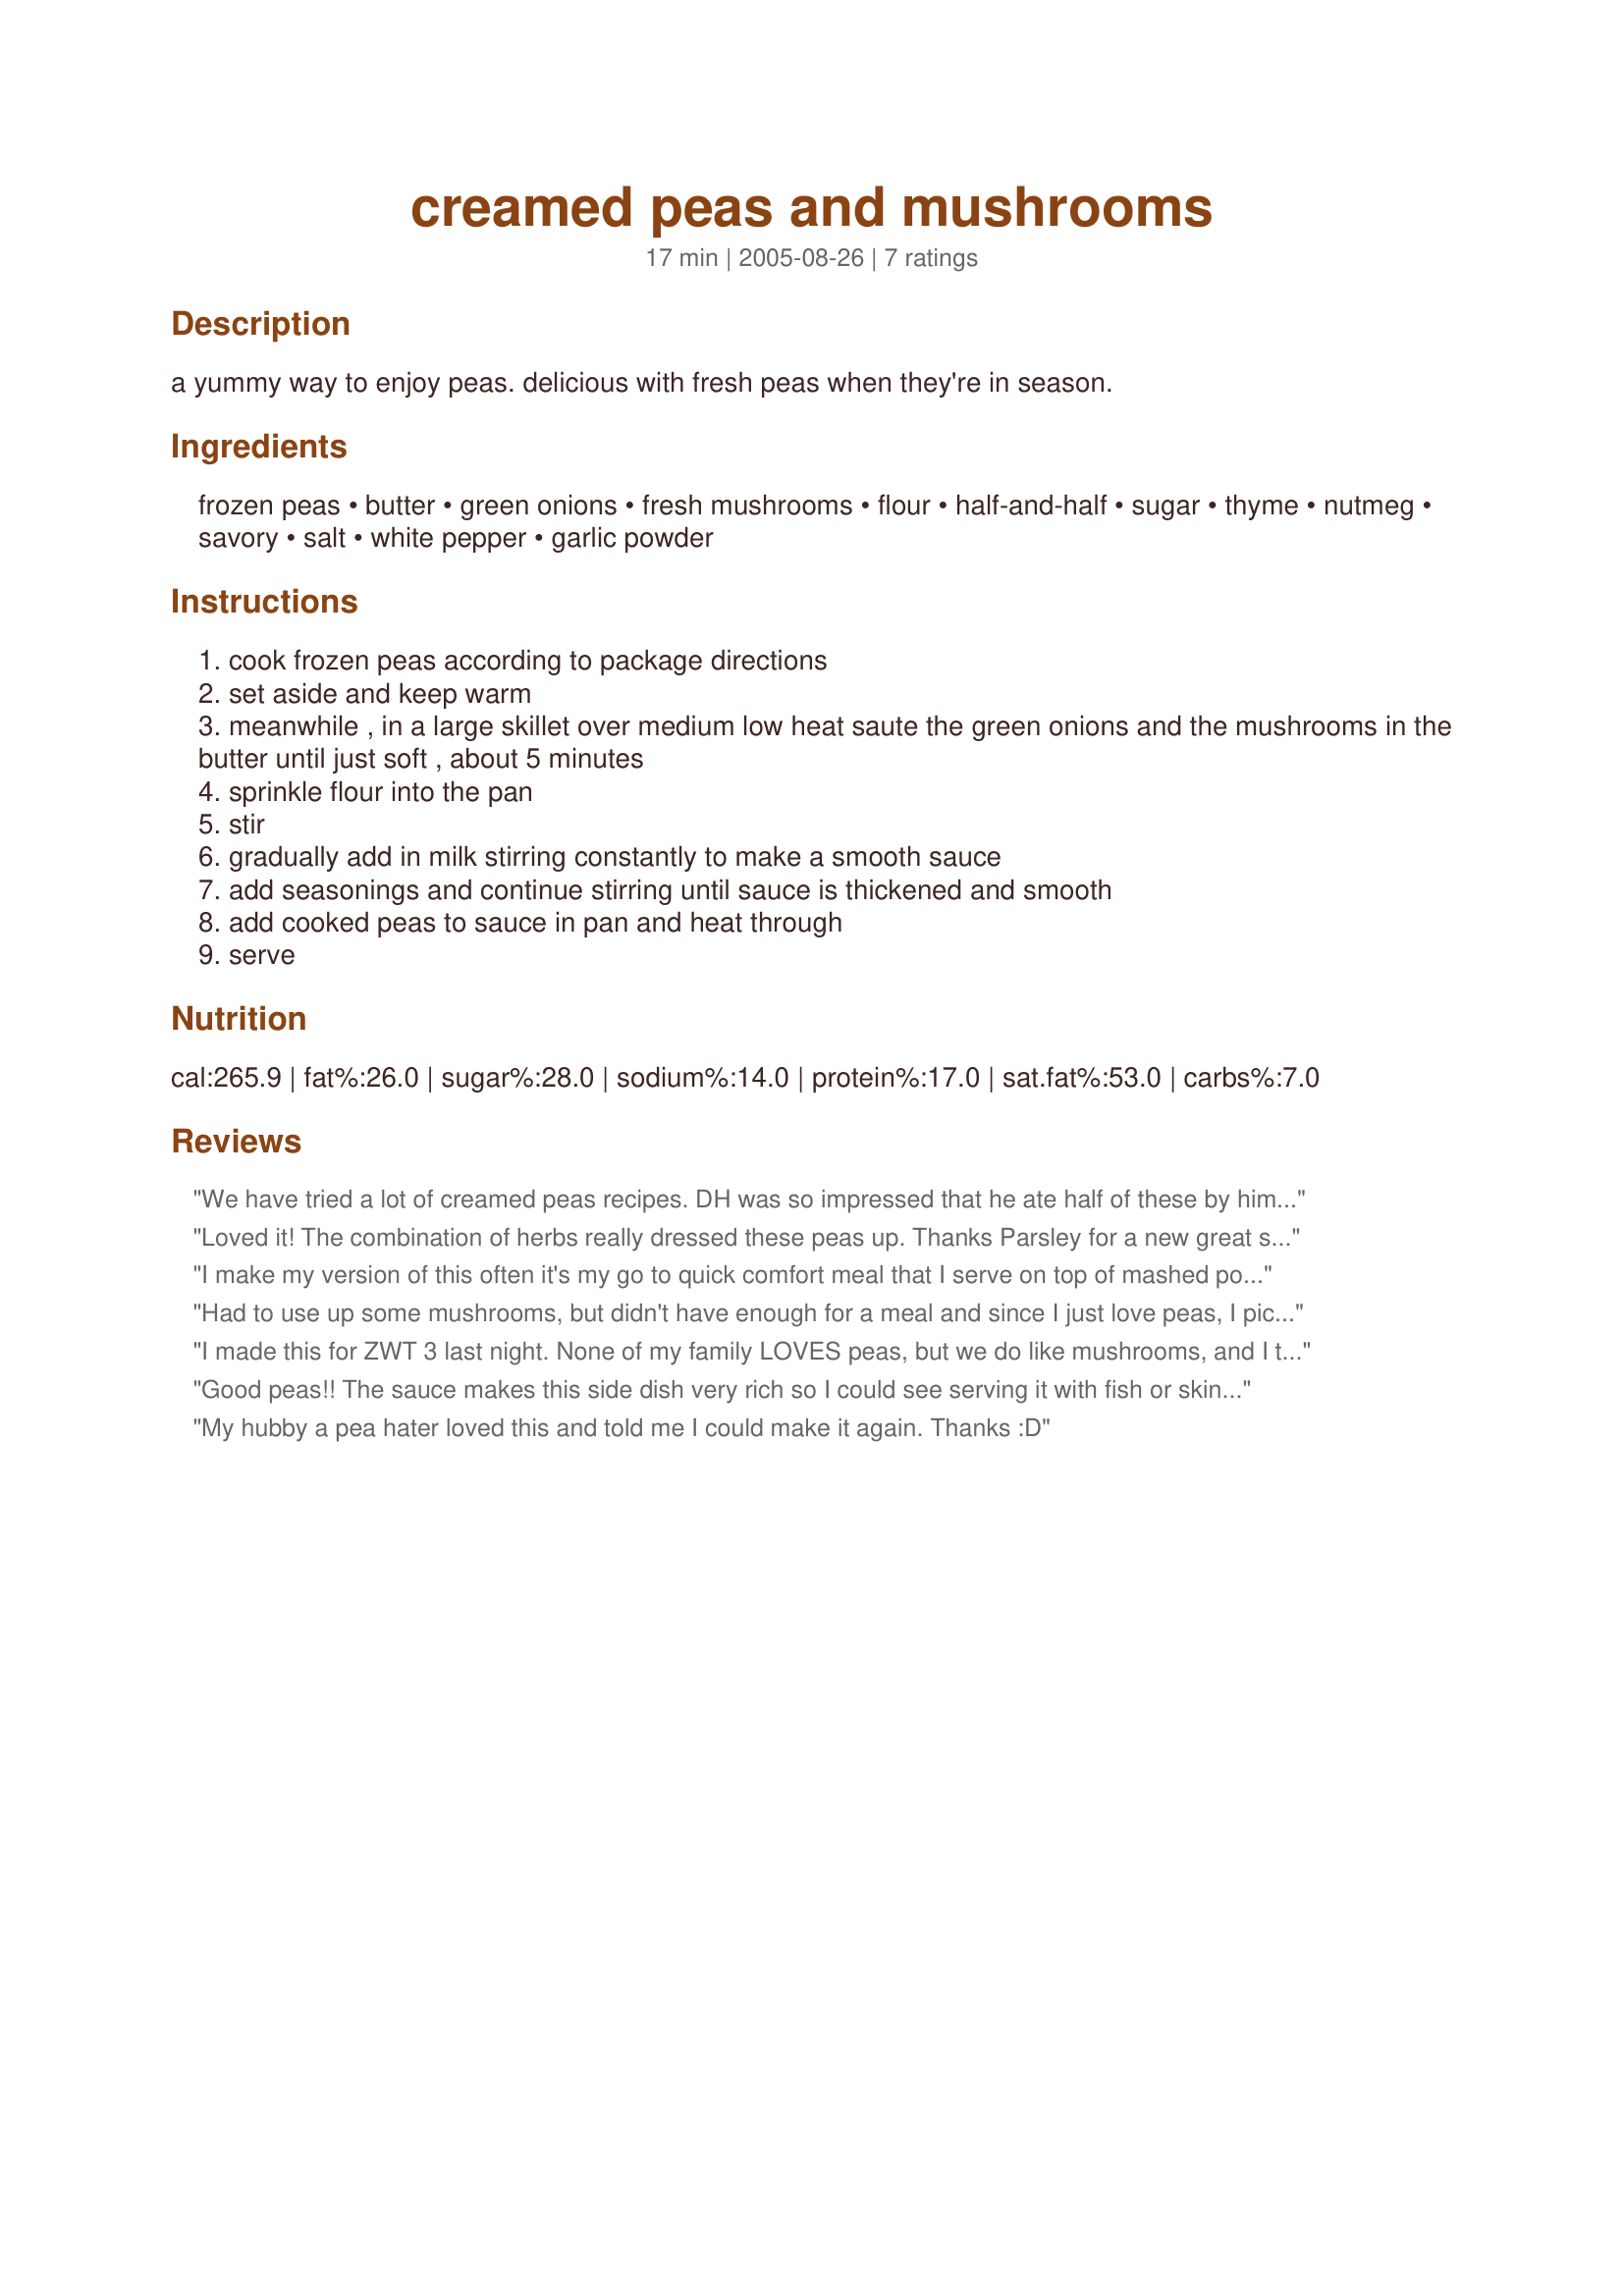
creamed peas and mushrooms
Preparation time: 17 minutes

a yummy way to enjoy peas. delicious with fresh peas when they're in season.

Ingredients:
frozen peas, butter, green onions, fresh mushrooms, flour, half-and-half, sugar, thyme, nutmeg, savory, salt, white pepper, garlic powder

Steps:
cook frozen peas according to package directions
set aside and keep warm
meanwhile , in a large skillet over medium low heat saute the green onions and the mushrooms in the butter until just soft , about 5 minutes
sprinkle flour into the pan
stir
gradually add in milk stirring constantly to make a smooth sauce
add seasonings and continue stirring until sauce is thickened and smooth
add cooked peas to sauce in pan and heat through
serve

Reviews:
We have tried a lot of creamed peas recipes. DH was so impressed that he ate half of these by himself! The seasoning combination was delicous. Thanks!
Loved it! The combination of herbs really dressed these peas up. Thanks Parsley for a new great side dish.
I make my version of this often it's my go to quick comfort meal that I serve on top of mashed potatoes or white rice. Imagine you're real tired but real hungry and you're looking for something quick and easy but not fast food.
Had to use up some mushrooms, but didn't have enough for a meal and since I just love peas, I picked this recipe. I'm not fond of overcooked peas, so I didn't pre-cook them. Instead I thawed them out and then heated them up in the sauce. Perfect. :)
I made this for ZWT 3 last night. None of my family LOVES peas, but we do like mushrooms, and I thought with the creamy sauce it might take them to a new level for us. IT DID! This was such a well seasoned cream sauce, and combining it with the mushrooms made the peas much more than I even expected! I have FINALLY found a recipe for peas that i can make for the entire family! Thanks again, *Parsley*!
Good peas!! The sauce makes this side dish very rich so I could see serving it with fish or skinless chicken breast next time. I like the spice combo, the thyme comes through the strongest and I love thyme. I used evaporated milk and granulated white pepper and granulated garlic powder for extra flavor. Thanks for the recipe!!
My hubby a pea hater loved this and told me I could make it again. Thanks :D
